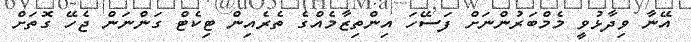
އޭނާ ވިދާޅުވީ މެމްބަރުންނަށް ފަސޭހަ އިންތިޒާމެއްގެ ތެރެއިން ޓިކެޓް ގަންނަން ޖެހޭ ގޮތަށް